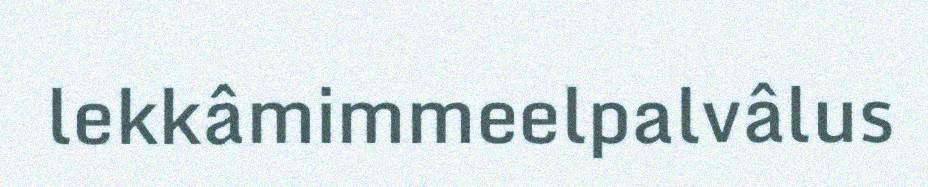
lekkâmimmeelpalvâlus